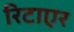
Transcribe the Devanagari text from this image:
रिटाएर